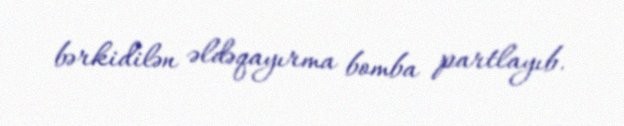
bərkidilən əldəqayırma bomba partlayıb.